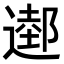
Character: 𨖖